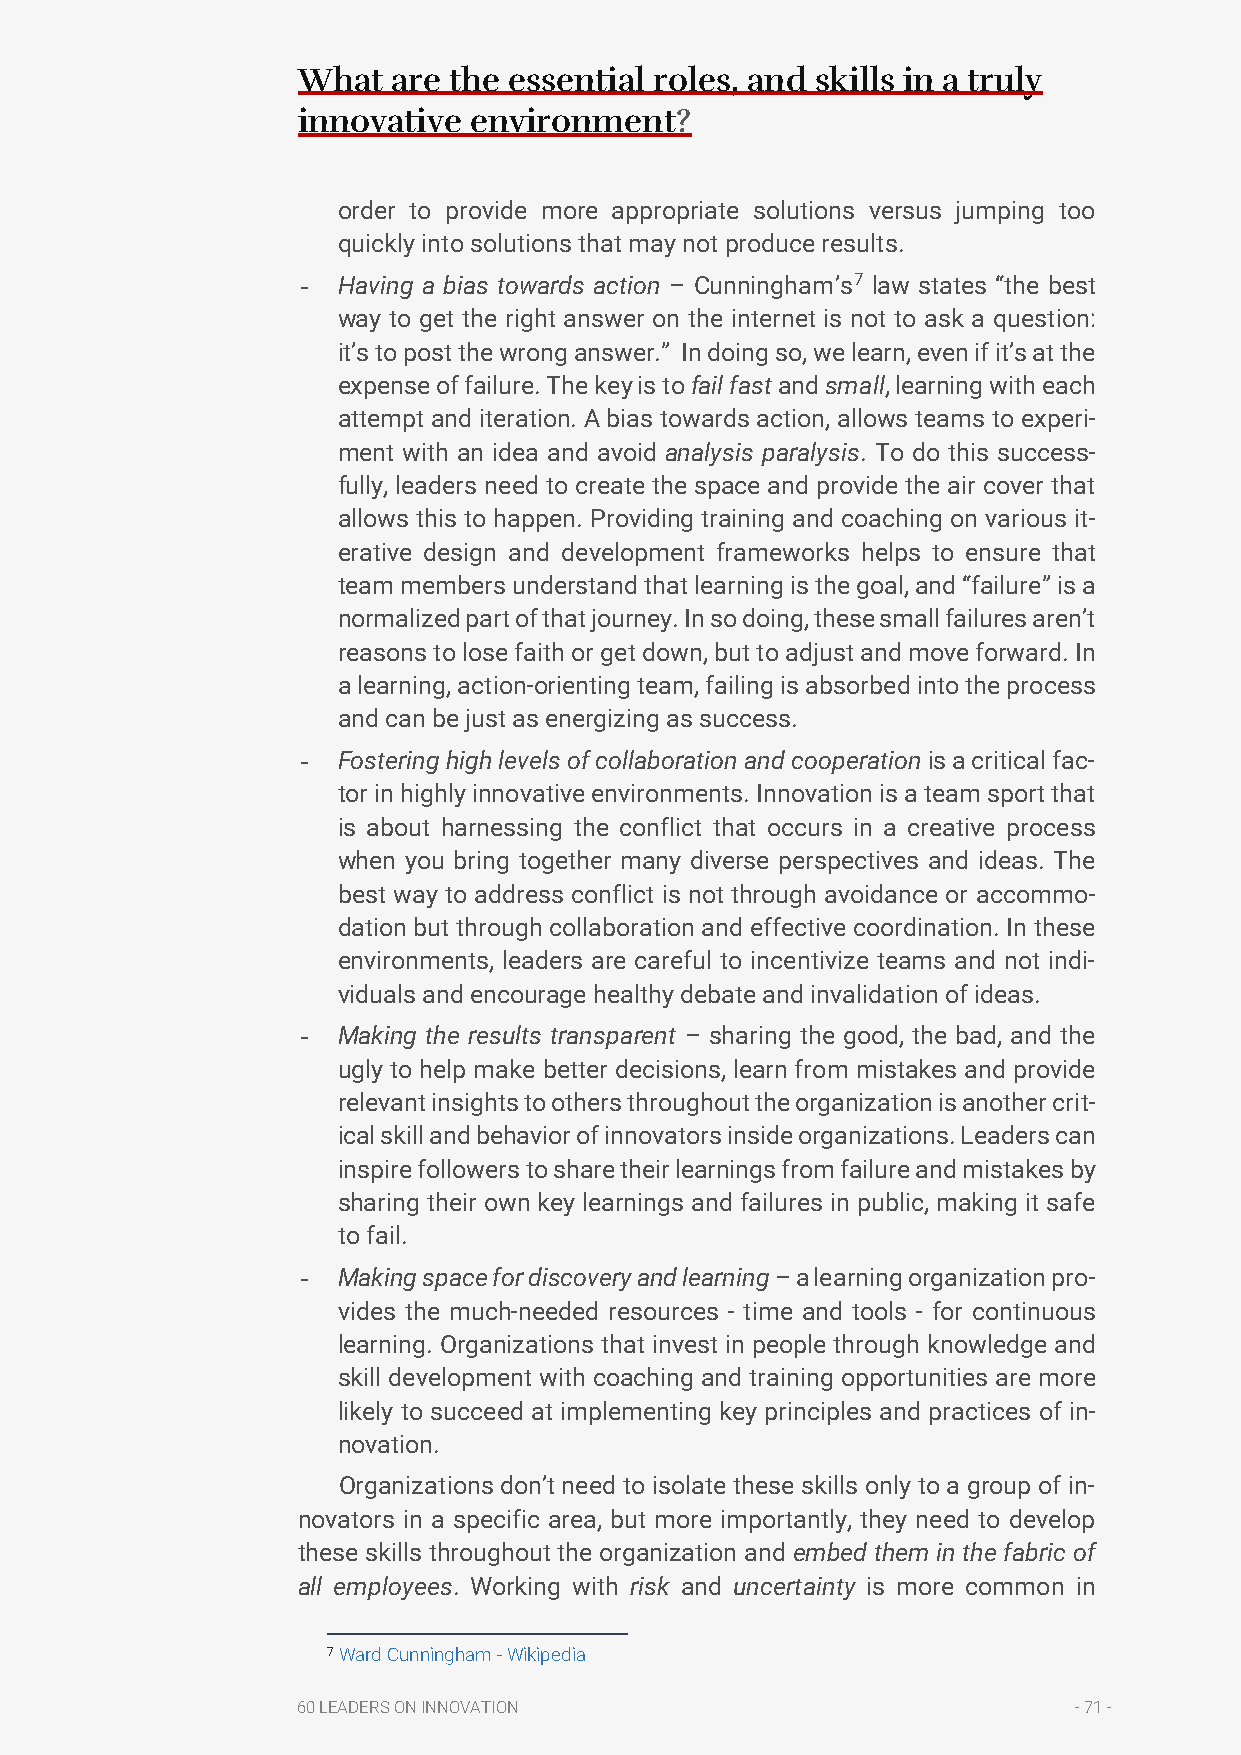
What  are the essential roles, and skills in a truly
 innovative environment?
 order to provide more appropriate solutions versus jumping too
 quickly into solutions that may not produce results.
 - Having a bias towards action – Cunningham’s7 law states “the best
 way to get the right answer on the internet is not to ask a question:
 it’s to post the wrong answer.” In doing so, we learn, even if it’s at the
 expense of failure. The key is to fail fast and small, learning with each
 attempt and iteration. A bias towards action, allows teams to experi-
 ment with an idea and avoid analysis paralysis. To do this success-
 fully, leaders need to create the space and provide the air cover that
 allows this to happen. Providing training and coaching on various it-
 erative design and development frameworks helps to ensure that
 team members understand that learning is the goal, and “failure” is a
 normalized part of that journey. In so doing, these small failures aren’t
 reasons to lose faith or get down, but to adjust and move forward. In
 a learning, action-orienting team, failing is absorbed into the process
 and can be just as energizing as success.
 - Fostering high levels of collaboration and cooperation is a critical fac-
 tor in highly innovative environments. Innovation is a team sport that
 is about harnessing the conflict that occurs in a creative process
 when you bring together many diverse perspectives and ideas. The
 best way to address conflict is not through avoidance or accommo-
 dation but through collaboration and effective coordination. In these
 environments, leaders are careful to incentivize teams and not indi-
 viduals and encourage healthy debate and invalidation of ideas.
 - Making the results transparent – sharing the good, the bad, and the
 ugly to help make better decisions, learn from mistakes and provide
 relevant insights to others throughout the organization is another crit-
 ical skill and behavior of innovators inside organizations. Leaders can
 inspire followers to share their learnings from failure and mistakes by
 sharing their own key learnings and failures in public, making it safe
 to fail.
 - Making space for discovery and learning – a learning organization pro-
 vides the much-needed resources - time and tools - for continuous
 learning. Organizations that invest in people through knowledge and
 skill development with coaching and training opportunities are more
 likely to succeed at implementing key principles and practices of in-
 novation.
 Organizations don’t need to isolate these skills only to a group of in-
 novators in a specific area, but more importantly, they need to develop
 these skills throughout the organization and embed them in the fabric of
 all employees. Working with risk and uncertainty is more common in
 7 Ward Cunningham - Wikipedia
 60 LEADERS ON INNOVATION                           - 71 -